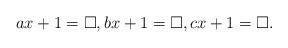
LaTeX: \begin{align*}ax+1=\Box,bx+1=\Box,cx+1=\Box.\end{align*}